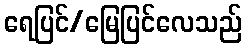
ရေပြင်/မြေပြင်လေသည်